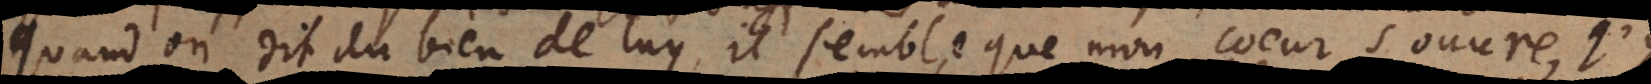
Quand on dit du bien de luy, il semble que mon coeur s’ouvre.